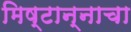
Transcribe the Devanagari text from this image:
मिष्टान्नाचा